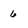
Character: 6